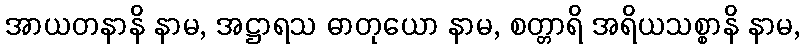
အာယတနာနိ နာမ, အဋ္ဌာရသ ဓာတုယော နာမ, စတ္တာရိ အရိယသစ္စာနိ နာမ,